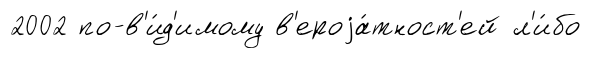
2002 по-в'и́д'имому в'ероjа́тност'ей л'и́бо